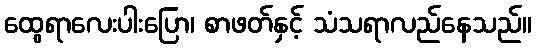
ထွေရာလေးပါးပြော၊ စာဖတ်နှင့် သံသရာလည်နေသည်။